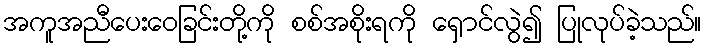
အကူအညီပေးဝေခြင်းတို့ကို စစ်အစိုးရကို ရှောင်လွဲ၍ ပြုလုပ်ခဲ့သည်။